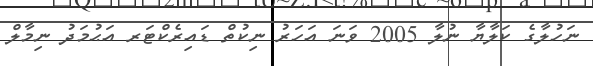
ނަހުލާގެ ކަލާޔާ ނުލާ 2005 ވަނަ އަހަރު ނިކުތް ޑައިރެކްޓަރ އަޙުމަދު ނިމާލް